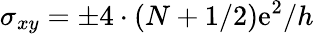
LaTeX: \sigma_{xy}=\pm{4\cdot\left(N+1/2\right)\mathrm{e}^{2}}/h